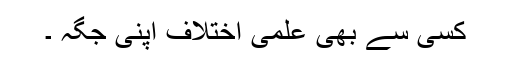
کسی سے بھی علمی اختلاف اپنی جگہ ۔